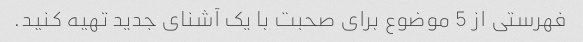
فهرستی از 5 موضوع برای صحبت با یک آشنای جدید تهیه کنید.